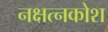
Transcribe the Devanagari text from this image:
नक्षत्नकोश